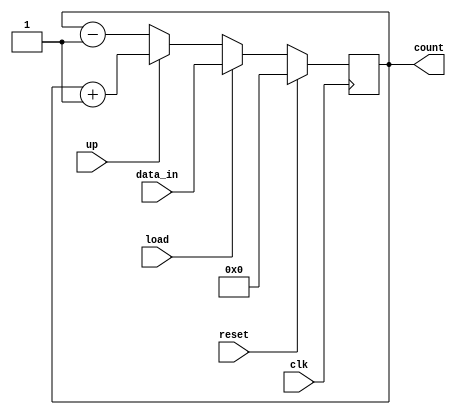
`timescale 1ns / 1ps
//////////////////////////////////////////////////////////////////////////////////
// Company: 
// Engineer: 
// 
// Design Name: 
// Module Name:    counter_behav 
// Project Name: 
// Target Devices: 
// Tool versions: 
// Description: 
//
// Dependencies: 
//
// Revision: 
// Revision 0.01 - File Created
// Additional Comments: 
//
//////////////////////////////////////////////////////////////////////////////////
module counter_behav(count, data_in, clk, reset, up, load);
	parameter n = 8;
	input [n-1:0]data_in;
	input reset, up, load, clk;
	output reg [n-1:0]count; 
	always @(posedge clk)
		begin
			if(reset)
				count <= 0;
			else
				if(load)
					count <= data_in;
				else
					if(up)
						count <= count + 1;
					else
						count <= count - 1;	
		end					
endmodule